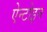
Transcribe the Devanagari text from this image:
ऐन्टोइन